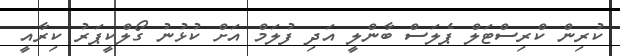
ކުރިން ކްރިސްޓަލް ޕެލަސް ބާންލީ އަދި ފުލަމް އަށް ކުޅުނު ގޯލްކީޕަރު ކިރާއީ